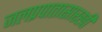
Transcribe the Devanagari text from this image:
जलप्रपातासारखी